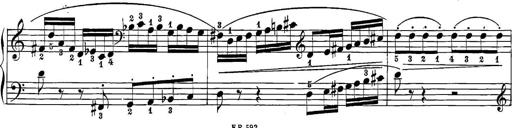
Title: 12 Sonatine per Pianoforte
Composer: Friedrich Kuhlau